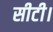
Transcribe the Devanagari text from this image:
सीटी।